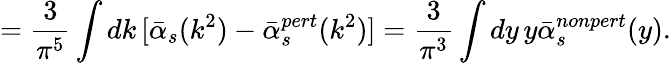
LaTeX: =\frac{3}{\pi^{5}}\int dk\, [\bar{\alpha}_{s}(k^{2})-\bar{\alpha}_{s}^{pert}(k^{2})]=\frac{3}{\pi^{3}}\int dy\, y\bar{\alpha}_{s}^{nonpert}(y).